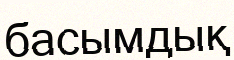
басымдық